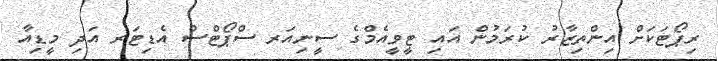
ރިޕޯޓަކަށް އިންތިޒާރު ކުރަމުން އައި ޓީވީއެމްގެ ސީނިއަރ ސްޕޯޓްސް އެޑިޓަރ އަދި މީޑިއާ